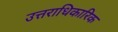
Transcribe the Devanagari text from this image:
उत्तराधिकारिक